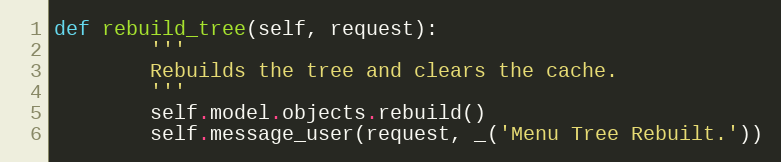
Language: Python
def rebuild_tree(self, request):
        '''
        Rebuilds the tree and clears the cache.
        '''
        self.model.objects.rebuild()
        self.message_user(request, _('Menu Tree Rebuilt.'))